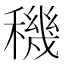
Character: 穖